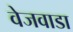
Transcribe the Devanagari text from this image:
वेजवाडा